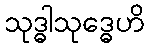
သုဒ္ဓါသုဒ္ဓေဟိ